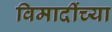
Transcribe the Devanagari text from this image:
विमादींच्या